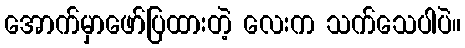
အောက်မှာဖော်ပြထားတဲ့ လေးက သက်သေပါပဲ။